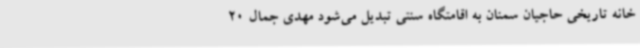
خانه تاریخی حاجیان سمنان به اقامتگاه سنتی تبدیل می‌شود مهدی جمال 20